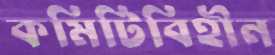
কমিটিবিহীন